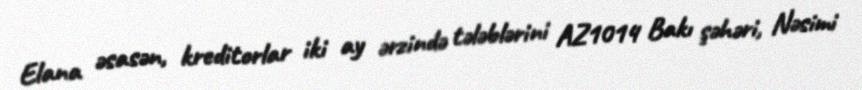
Elana əsasən, kreditorlar iki ay ərzində tələblərini AZ1014 Bakı şəhəri, Nəsimi